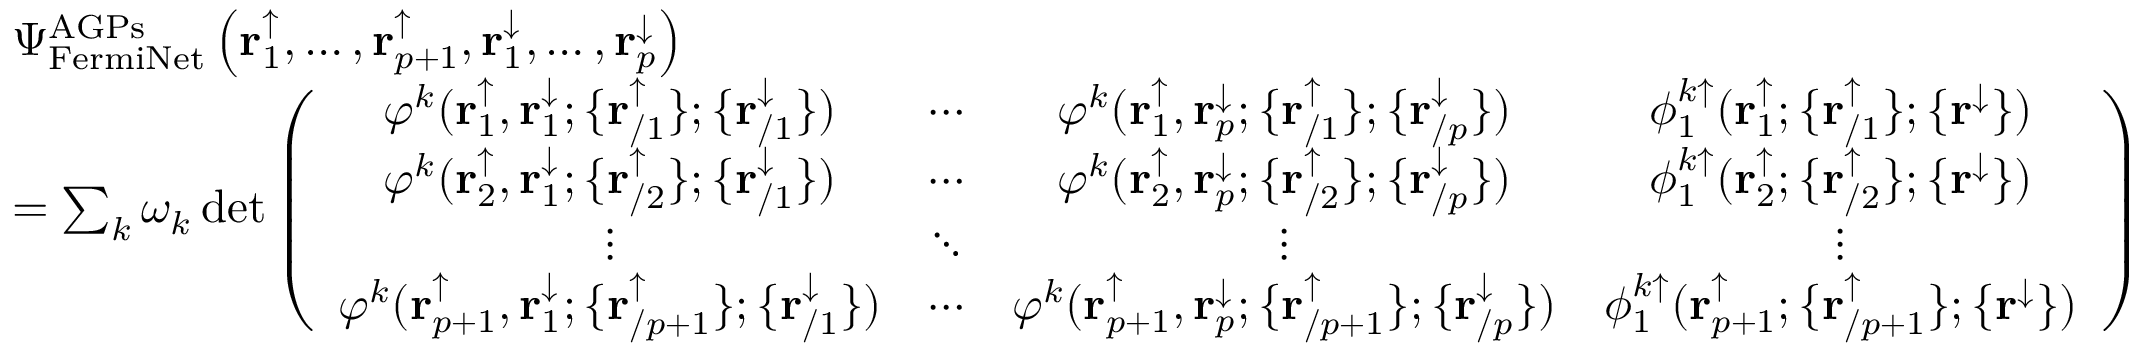
\begin{array} { r l } & { \Psi _ { \mathrm { F e r m i N e t } } ^ { \mathrm { A G P s } } \left( \mathbf { r } _ { 1 } ^ { \uparrow } , \dots , \mathbf { r } _ { p + 1 } ^ { \uparrow } , \mathbf { r } _ { 1 } ^ { \downarrow } , \dots , \mathbf { r } _ { p } ^ { \downarrow } \right) } \\ & { = \sum _ { k } \omega _ { k } \operatorname* { d e t } \left( \begin{array} { c c c c } { \varphi ^ { k } ( \mathbf { r } _ { 1 } ^ { \uparrow } , \mathbf { r } _ { 1 } ^ { \downarrow } ; \{ \mathbf { r } _ { / 1 } ^ { \uparrow } \} ; \{ \mathbf { r } _ { / 1 } ^ { \downarrow } \} ) } & { \cdots } & { \varphi ^ { k } ( \mathbf { r } _ { 1 } ^ { \uparrow } , \mathbf { r } _ { p } ^ { \downarrow } ; \{ \mathbf { r } _ { / 1 } ^ { \uparrow } \} ; \{ \mathbf { r } _ { / p } ^ { \downarrow } \} ) } & { \phi _ { 1 } ^ { k \uparrow } ( \mathbf { r } _ { 1 } ^ { \uparrow } ; \{ \mathbf { r } _ { / 1 } ^ { \uparrow } \} ; \{ \mathbf { r } ^ { \downarrow } \} ) } \\ { \varphi ^ { k } ( \mathbf { r } _ { 2 } ^ { \uparrow } , \mathbf { r } _ { 1 } ^ { \downarrow } ; \{ \mathbf { r } _ { / 2 } ^ { \uparrow } \} ; \{ \mathbf { r } _ { / 1 } ^ { \downarrow } \} ) } & { \cdots } & { \varphi ^ { k } ( \mathbf { r } _ { 2 } ^ { \uparrow } , \mathbf { r } _ { p } ^ { \downarrow } ; \{ \mathbf { r } _ { / 2 } ^ { \uparrow } \} ; \{ \mathbf { r } _ { / p } ^ { \downarrow } \} ) } & { \phi _ { 1 } ^ { k \uparrow } ( \mathbf { r } _ { 2 } ^ { \uparrow } ; \{ \mathbf { r } _ { / 2 } ^ { \uparrow } \} ; \{ \mathbf { r } ^ { \downarrow } \} ) } \\ { \vdots } & { \ddots } & { \vdots } & { \vdots } \\ { \varphi ^ { k } ( \mathbf { r } _ { p + 1 } ^ { \uparrow } , \mathbf { r } _ { 1 } ^ { \downarrow } ; \{ \mathbf { r } _ { / p + 1 } ^ { \uparrow } \} ; \{ \mathbf { r } _ { / 1 } ^ { \downarrow } \} ) } & { \cdots } & { \varphi ^ { k } ( \mathbf { r } _ { p + 1 } ^ { \uparrow } , \mathbf { r } _ { p } ^ { \downarrow } ; \{ \mathbf { r } _ { / p + 1 } ^ { \uparrow } \} ; \{ \mathbf { r } _ { / p } ^ { \downarrow } \} ) } & { \phi _ { 1 } ^ { k \uparrow } ( \mathbf { r } _ { p + 1 } ^ { \uparrow } ; \{ \mathbf { r } _ { / p + 1 } ^ { \uparrow } \} ; \{ \mathbf { r } ^ { \downarrow } \} ) } \end{array} \right) } \end{array}